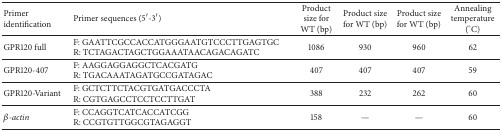
| Primer identification | Primer sequences (5′-3′) | Product size for WT (bp) | Product size for WT (bp) | Product size for WT (bp) | Annealing temperature (°C) |
 | --- | --- | --- | --- | --- | --- |
 | GPR120 full | F: GAATTCGCCACCATGGGAATGTCCCTTGAGTGCR: TCTAGACTAGCTGGAAATAACAGACAGATC | 1086 | 930 | 960 | 62 |
 | GPR120-407 | F: AAGGAGGAGGCTCACGATGR: TGACAAATAGATGCCGATAGAC | 407 | 407 | 407 | 59 |
 | GPR120-Variant | F: GCTCTTCTACGTGATGACCCTAR: CGTGAGCCTCCTCCTTGAT | 388 | 232 | 262 | 60 |
 | β-actin | F: CCAGGTCATCACCATCGGR: CCGTGTTGGCGTAGAGGT | 158 | — | — | 60 |